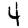
Digit: 4